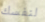
لنفسك